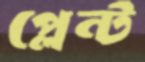
প্লেন্ট